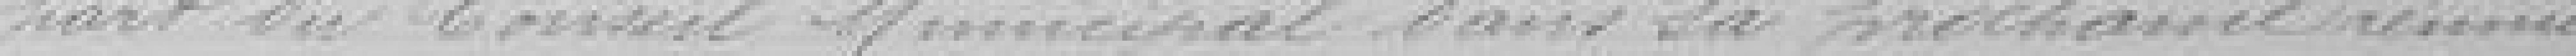
part du Conseil Municipal dans sa prochaine réunion